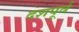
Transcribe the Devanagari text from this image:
दशपूर्व